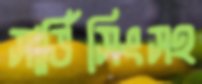
সার্ভিসিংসহ